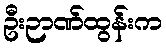
ဦးဉာဏ်ထွန်းက